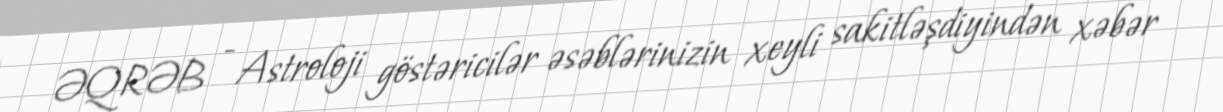
ƏQRƏB - Astroloji göstəricilər əsəblərinizin xeyli sakitləşdiyindən xəbər